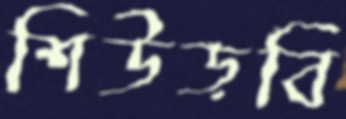
শিউড়বি